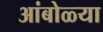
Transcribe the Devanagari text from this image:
आंबोळ्या